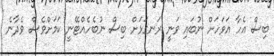
ބިސް އެހާ އަވަހަށް ނުބައި ވަނީ ރަނގަޅަށް ބިސް ނުބެހެއްޓޭނީ ކަމަށްވެސް ވެދާނެ